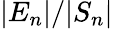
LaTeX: |E_{n}|/|S_{n}|